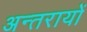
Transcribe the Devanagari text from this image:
अन्तरायों